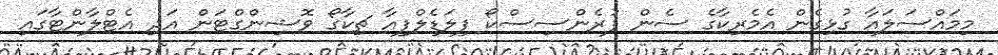
މިމައްސަލައާ ގުޅިގެން އެމެރިކާގެ ސެން ފުރެންސިސްކޯ ފިލަޑެލްފިއާ ޗިކާގޯ ވޮޝިންގްޓަން އަދި އެޓްލާންޓާގައި